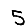
Digit: 5